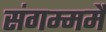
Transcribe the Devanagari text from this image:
संगम्ममै